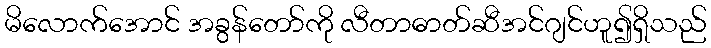
မိလောက်အောင် အခွန်တော်ကို လီတာဓာတ်ဆီအင်ဂျင်ဟူ၍ရှိသည်